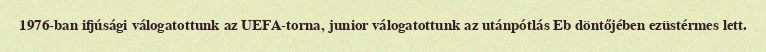
1976-ban ifjúsági válogatottunk az UEFA-torna, junior válogatottunk az utánpótlás Eb döntőjében ezüstérmes lett.